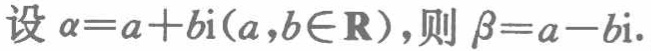
设 \(\alpha = a + b\text{i}(a,b\in\mathbf{R})\)，则 \(\beta = a - b\text{i}\).